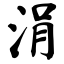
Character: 涓